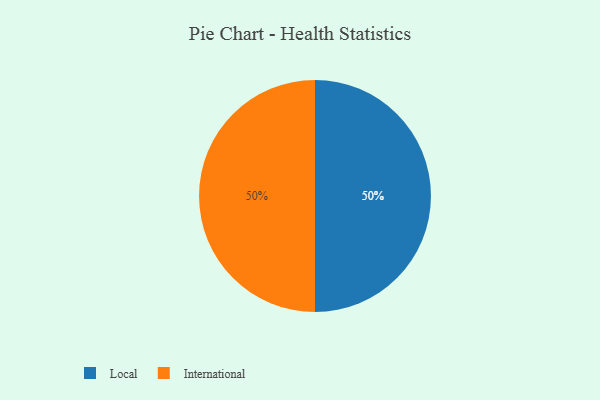
{"axis": {"x": "Category", "y": "Percentage"}, "legend": ["International", "Local"], "data": [{"x": "Local", "y": 50, "type": "Local"}, {"x": "International", "y": 50, "type": "International"}]}